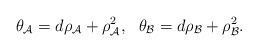
\begin{align*}\theta_{\cal A}=d\rho_{\cal A} +\rho_{\cal A}^{2},~~\theta_{\cal B}=d\rho_{\cal B} +\rho_{\cal B}^{2}.\end{align*}